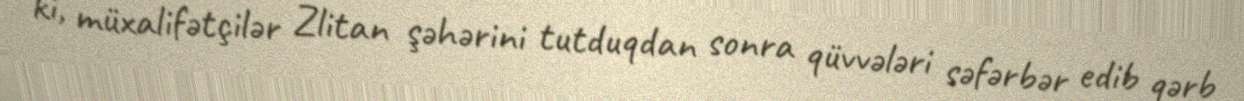
ki, müxalifətçilər Zlitan şəhərini tutduqdan sonra qüvvələri səfərbər edib qərb